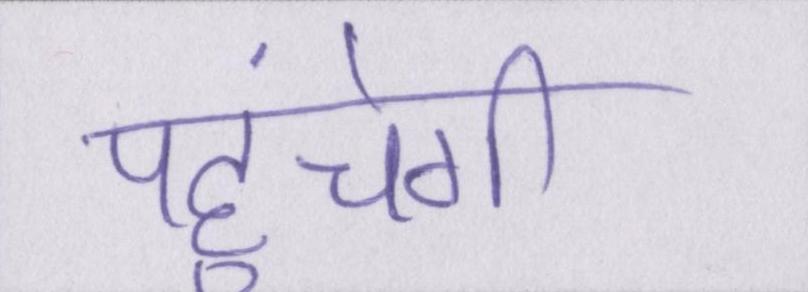
पहुंचेगी